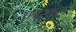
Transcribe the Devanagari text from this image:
एत्रुस्कुल